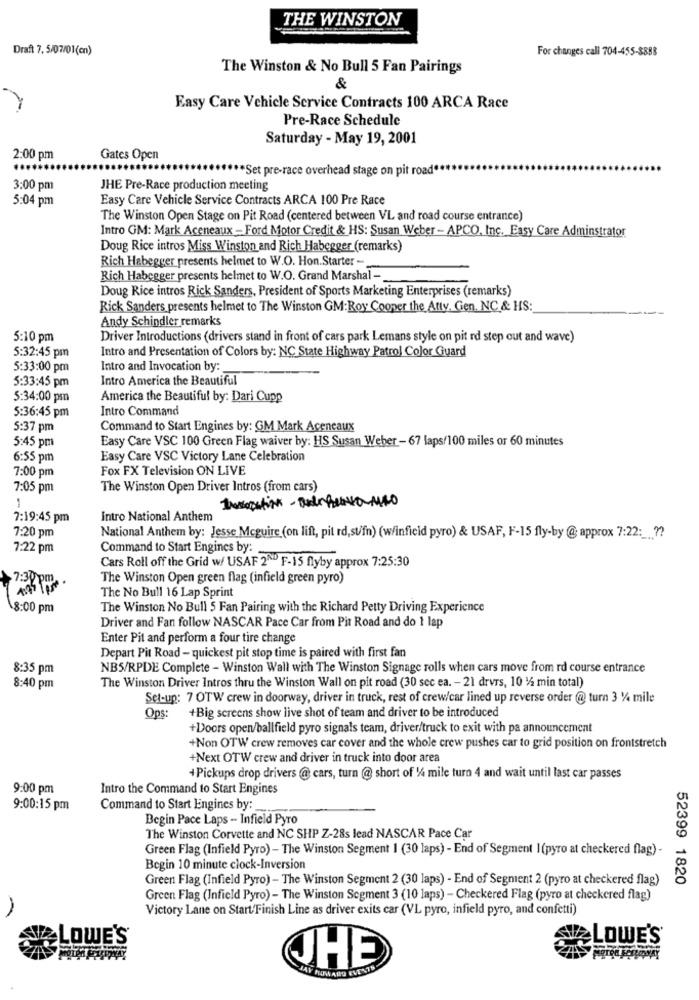
THE WINSTON
Draft 7, 5/07/01(cn)
For changes call 704-455-8888
The Winston & No Bull 5 Fan Pairings
&
Easy Care Vehicle Service Contracts 100 ARCA Race
Pre-Race Schedule
Saturday - May 19, 2001
2:00 pm
Gates Open
.....
"Set pre-race overhead stage on pit road
3:00 pm
JHE Pre-Race production meeting
5:04 pm
Easy Care Vehicle Service Contracts ARCA 100 Pre Race
The Winston Open Stage on Pit Road (centered between VL and road course entrance)
Intro GM: Mark Aceneaux - Ford Motor Credit & HS: Susan Weber - APCO, Inc. Easy Care Adminstrator
Doug Rice intros Miss Winston and Rich Habegger (remarks)
Rich Habegger presents helmet to W.O. Hon.Starter -
Rich Habegger presents helmet to W.O. Grand Marshal-
Doug Rice intros Rick Sanders, President of Sports Marketing Enterprises (remarks)
Rick Sanders presents helmet to The Winston GM: Roy Cooper the Atty. Gen. NC & HS:
Andy Schindler remarks
5:10 pm
Driver Introductions (drivers stand in front of cars park Lemans style on pit rd step out and wave)
5:32:45 pm
Intro and Presentation of Colors by: NC State Highway Patrol Color Guard
5:33:00 pm
Intro and Invocation by:
5:33:45 pm
Intro America the Beautiful
5:34:00 pm
America the Beautiful by: Dari Cupp
5:36:45 pm
Intro Command
5:37 pm
Command to Start Engines by: GM Mark Aceneaux
5:45 pm
Easy Care VSC 100 Green Flag waiver by: HS Susan Weber - 67 laps/100 miles or 60 minutes
6:55 pm
Easy Care VSC Victory Lane Celebration
7:00 pm
Fox FX Television ON LIVE
7:05 pm
The Winston Open Driver Intros (from cars)
7:19:45 pm
Intro National Anthem
7:20 pm
National Anthem by: Jesse Mcguire (on lift, pit rd,st/fn) (w/inficid pyro) & USAF, F-15 fly-by @; approx 7:22 :_??
7:22 pm
Command to Start Engines by:
Cars Roll off the Grid w/ USAF 2ND F-15 flyby approx 7:25:30
7:30 pm
The Winston Open green flag (infield green pyro)
The No Bull 16 Lap Sprint
8:00 pm
The Winston No Bull 5 Fan Pairing with the Richard Petty Driving Experience
Driver and Fan follow NASCAR Pace Car from Pit Road and do 1 lap
Enter Pit and perform a four tire change
Depart Pit Road - quickest pit stop time is paired with first fan
8:35 pm
NB5/RPDE Complete - Winston Wall with The Winston Signage rolls when cars move from rd course entrance
8:40 pm
The Winston Driver Intros thru the Winston Wall on pit road (30 sec ea. - 21 drvrs, 10 1/ min total)
Set-up: 7 OTW crew in doorway, driver in truck, rest of crew/car lined up reverse order @ turn 3 1/4 mile
+Big screens show live shot of team and driver to be introduced
Ops:
+Doors open/ballfield pyro signals team, driver/truck to exit with pa announcement
+Non OTW crew removes car cover and the whole crew pushes car to grid position on frontstretch
+Next OTW crew and driver in truck into door area
+ Pickups drop drivers @ cars, turn @ short of 1/4 mile turn 4 and wait until last car passes
9:00 pm
Intro the Command to Start Engines
9:00:15 pm
Command to Start Engines by:
Begin Pace Laps - Infield Pyro
The Winston Corvette and NC SHP Z-28s lead NASCAR Pace Car
Green Flag (Infield Pyro) - The Winston Segment 1 (30 laps) - End of Segment I(pyro at checkered flag)-
Begin 10 minute clock-Inversion
Green Flag (Infield Pyro) - The Winston Segment 2 (30 laps) - End of Segment 2 (pyro at checkered flag)
52399 1820
Green Flag (Infield Pyro) - The Winston Segment 3 (10 laps) - Checkered Flag (pyro at checkered flag)
Victory Lane on Start/Finish Line as driver exits car (VL pyro, infield pyro, and confetti)
A
SVALOWE'S
LOWE'S®
THE